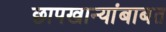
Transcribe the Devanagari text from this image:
छापखान्यांबाबत